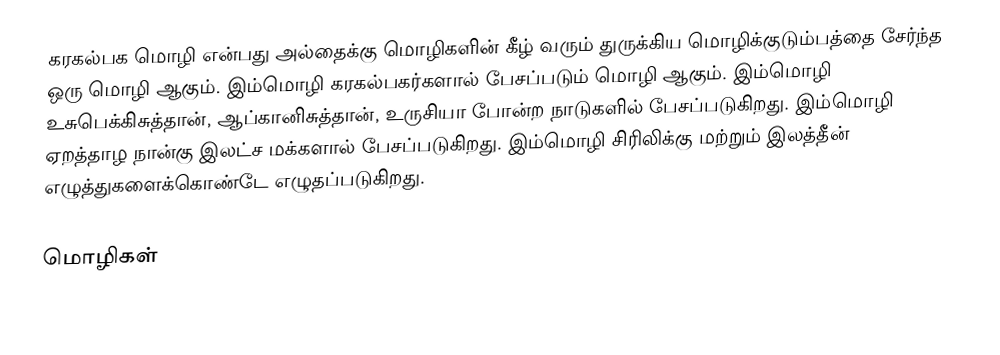
கரகல்பக மொழி என்பது அல்தைக்கு மொழிகளின் கீழ் வரும் துருக்கிய மொழிக்குடும்பத்தை சேர்ந்த ஒரு மொழி ஆகும். இம்மொழி கரகல்பகர்களால் பேசப்படும் மொழி ஆகும். இம்மொழி உசுபெக்கிசுத்தான், ஆப்கானிசுத்தான், உருசியா போன்ற நாடுகளில் பேசப்படுகிறது. இம்மொழி ஏறத்தாழ நான்கு இலட்ச மக்களால் பேசப்படுகிறது. இம்மொழி சிரிலிக்கு மற்றும் இலத்தீன் எழுத்துகளைக்கொண்டே எழுதப்படுகிறது.

மொழிகள்